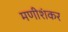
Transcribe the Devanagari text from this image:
मणीशंकर